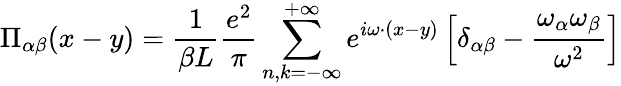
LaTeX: \Pi_{\alpha\beta}(x-y)=\frac{1}{\beta L}\frac{e^{2}}{\pi}\sum_{n,k=-\infty}^{+\infty}e^{i\omega\cdot(x-y)}\left[\delta_{\alpha\beta}-\frac{\omega_{\alpha}\omega_{\beta}}{\omega^{2}}\right]